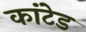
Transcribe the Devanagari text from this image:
कांटेड